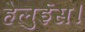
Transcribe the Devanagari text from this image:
हेलुईस।